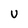
Character: U